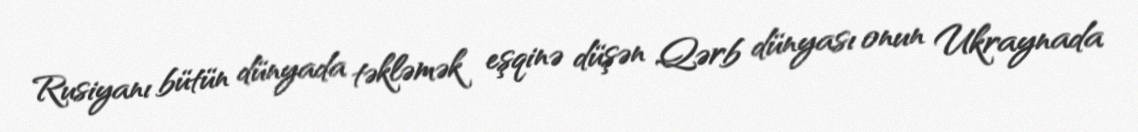
Rusiyanı bütün dünyada təkləmək eşqinə düşən Qərb dünyası onun Ukraynada